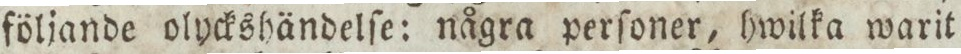
följande olyckshändelſe: några perſoner, hwilka warit